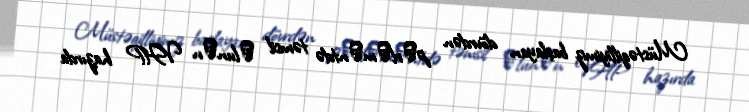
Müstəqilliyimiz başlayan dövrdən pаrlаmеntdə təmsil оlunаn VHP hazırda